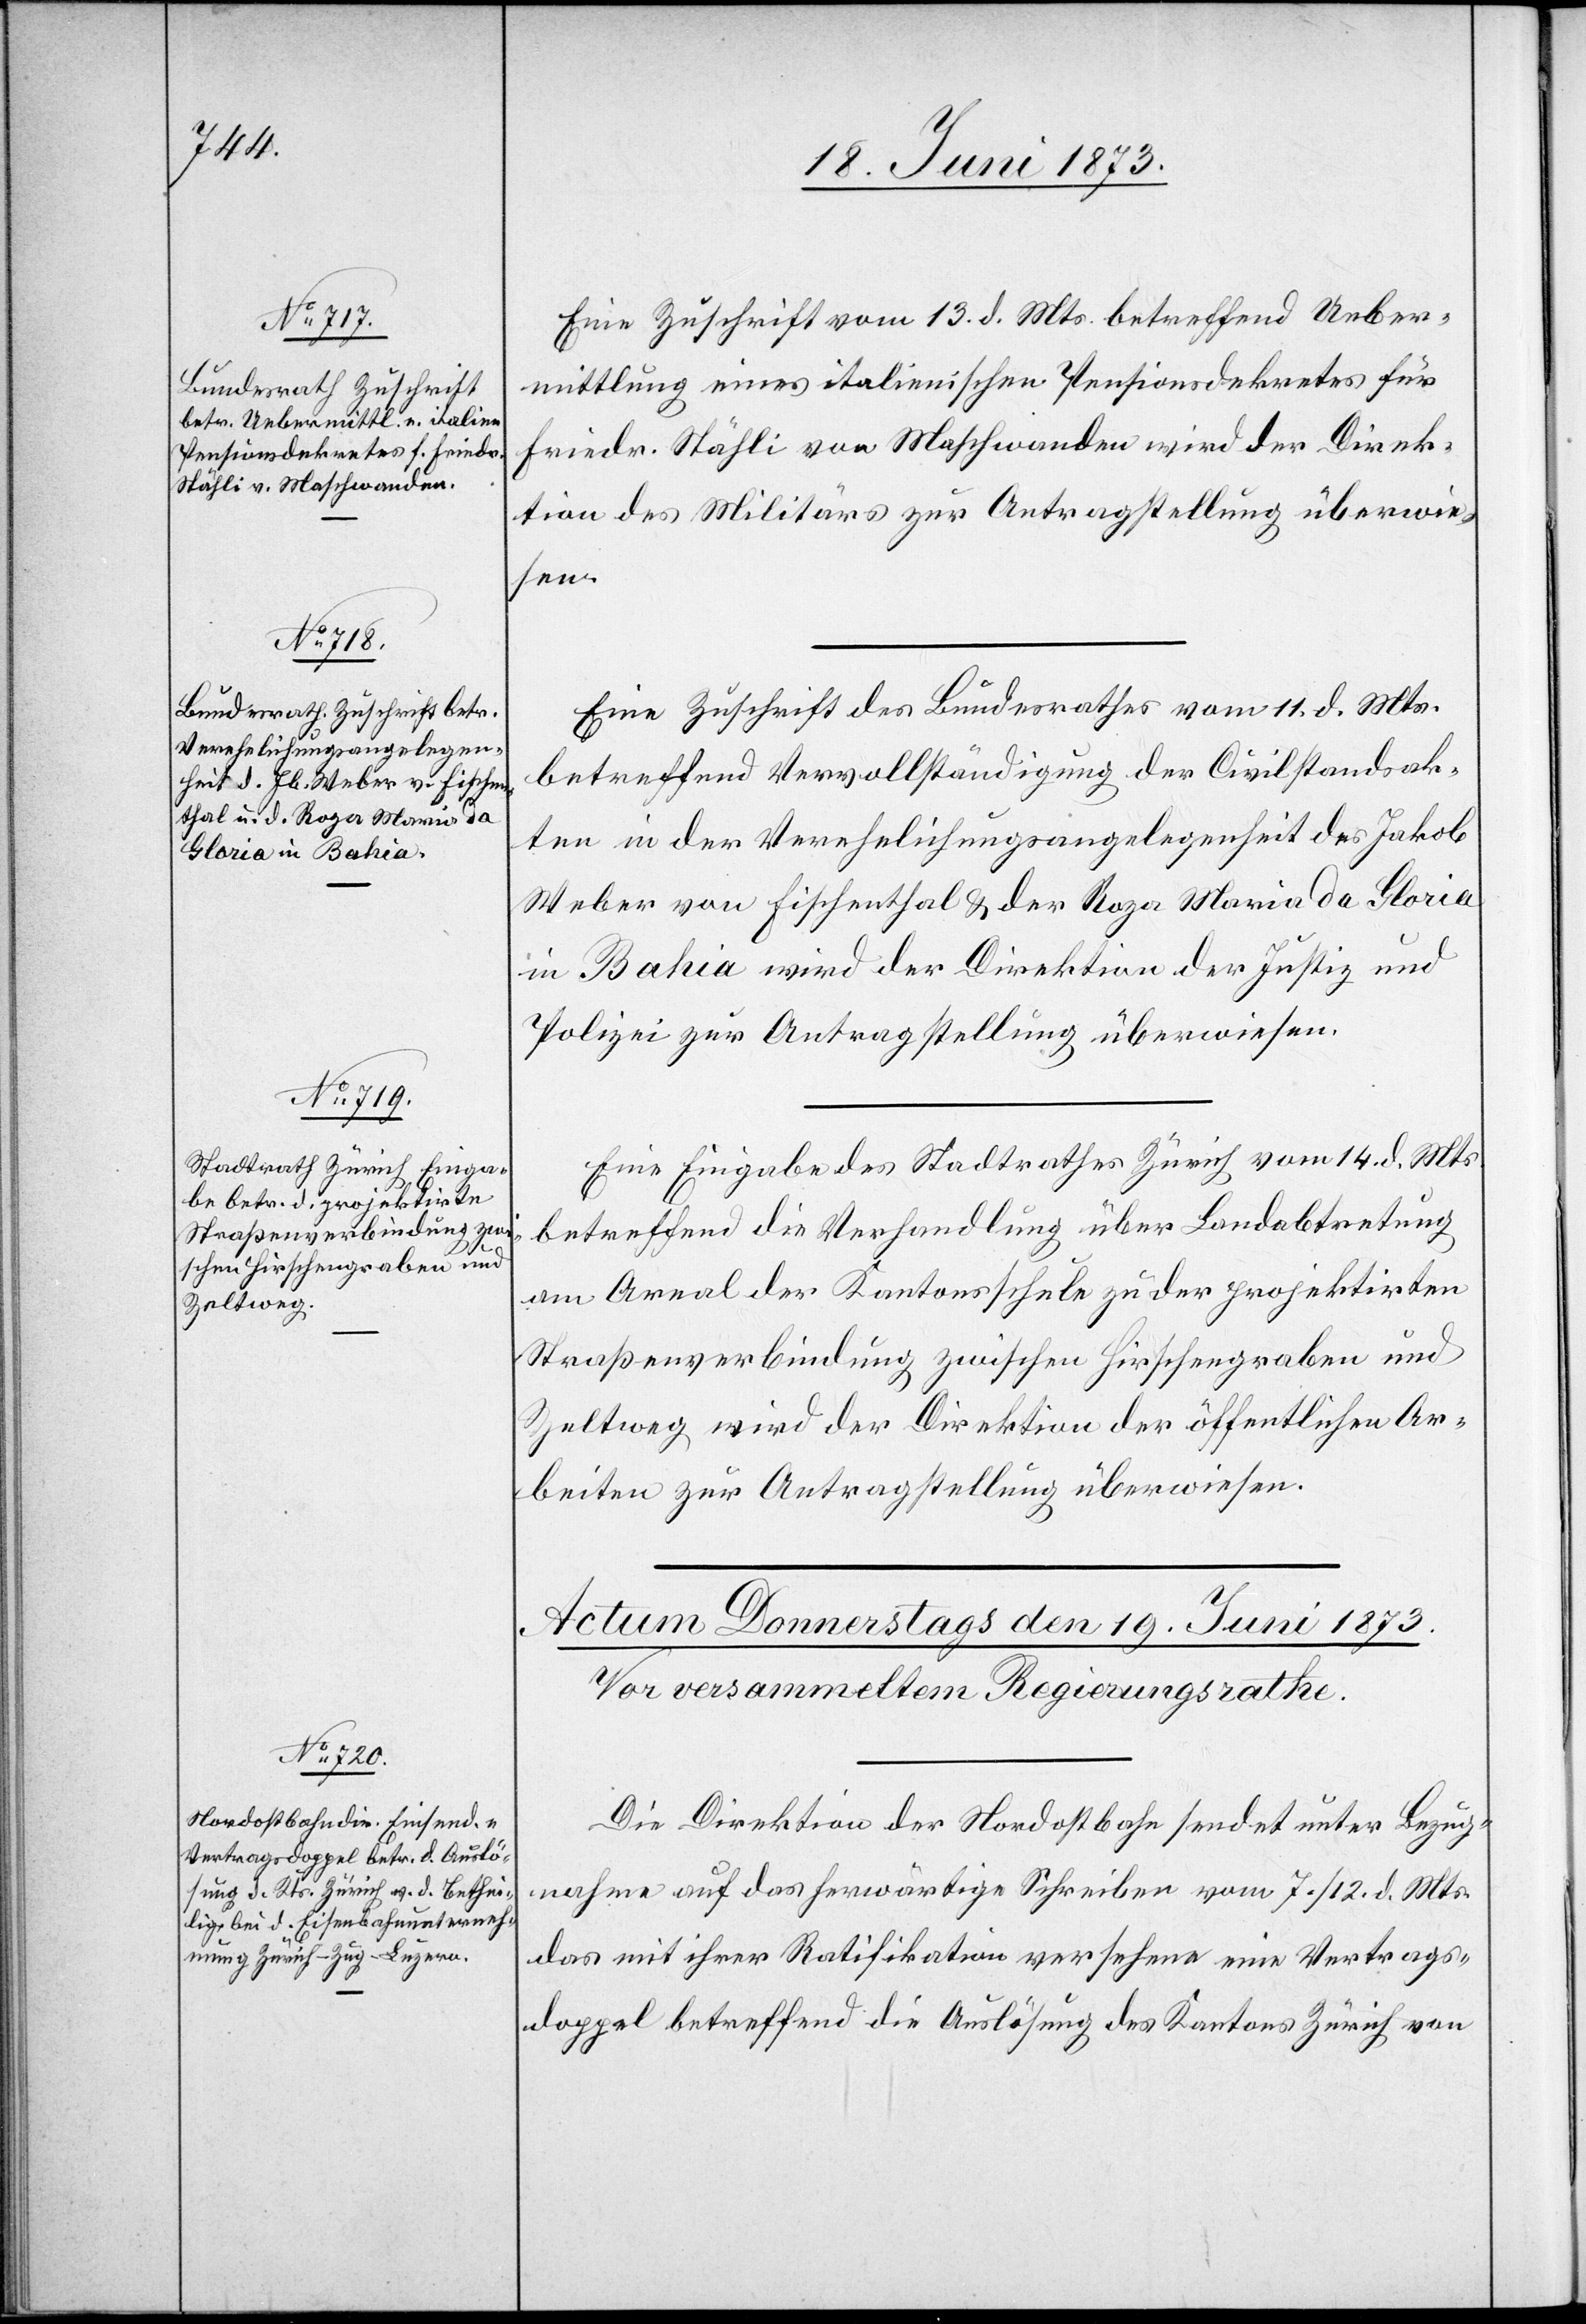
18. Juni 1873.]
Eine Zuschrift vom 13. d. Mts. betreffend Ueber¬
mittlung eines italienischen Pensionsdekretes für
Friedr. Stähli von Maschwanden wird der Direk¬
tion des Militärs zur Antragstellung überwie¬
sen.
Eine Zuschrift des Bundesrathes vom 11. d. Mts.
betreffend Vervollständigung der Civilstandsak¬
ten in der Verehelichungsangelegenheit des Jakob
Weber von Fischenthal & der Roza Maria da Gloria
in Bahia wird der Direktion der Justiz und
Polizei zur Antragstellung überwiesen.
Eine Eingabe des Stadtrathes Zürich vom 14. d. Mts.
betreffend die Verhandlung über Landabtretung
am Areal der Kantonsschule zu der projektirten
Straßenverbindung zwischen Hirschengraben und
Zeltweg wir der Direktion der öffentlichen Ar¬
beiten zur Antragstellung überwiesen.
Die Direktion der Nordostbahn sendet unter Bezug¬
nahme auf das herwärtige Schreiben vom 7./12. d. Mts.
das mit ihrer Ratifikation versehene eine Vertrags¬
doppel betreffend die Auslösung des Kantons Zürich von